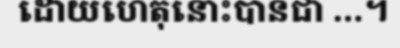
ដោយហេតុនោះបានជា ...។